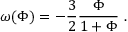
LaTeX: \omega ( \Phi ) = - { \frac { 3 } { 2 } } { \frac { \Phi } { 1 + \Phi } } \ .